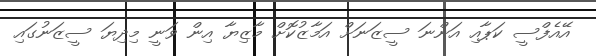
އޭއެފްސީ ކަޕާއި އަންނަ ސީޒަނަށް އަމާޒުކޮށް މާޒިޔާ އިން ވަނީ މިދިޔަ ސީޒަނުގައި